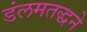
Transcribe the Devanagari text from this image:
डंलमतद्धने